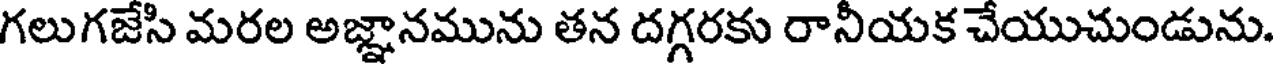
గలుగజేసి మరల అజ్ఞానమును తన దగ్గరకు రానీయక చేయుచుండును.